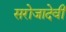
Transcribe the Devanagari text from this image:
सरोजादेवी